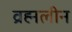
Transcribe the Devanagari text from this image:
व्रह्मलीन